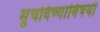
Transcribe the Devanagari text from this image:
सुचविण्याविषयी